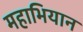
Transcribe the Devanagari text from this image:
महाभियान